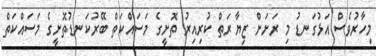
މިހާރުވެސް އަޅުގަނޑު މި ރަށަށް ޒިޔާރަތް ކުރިއިރު ތޮށީގެ މަސައްކަތް ބޭރުކަނޑުތޮށީގެ މަސައްކަތް